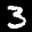
Label: 3